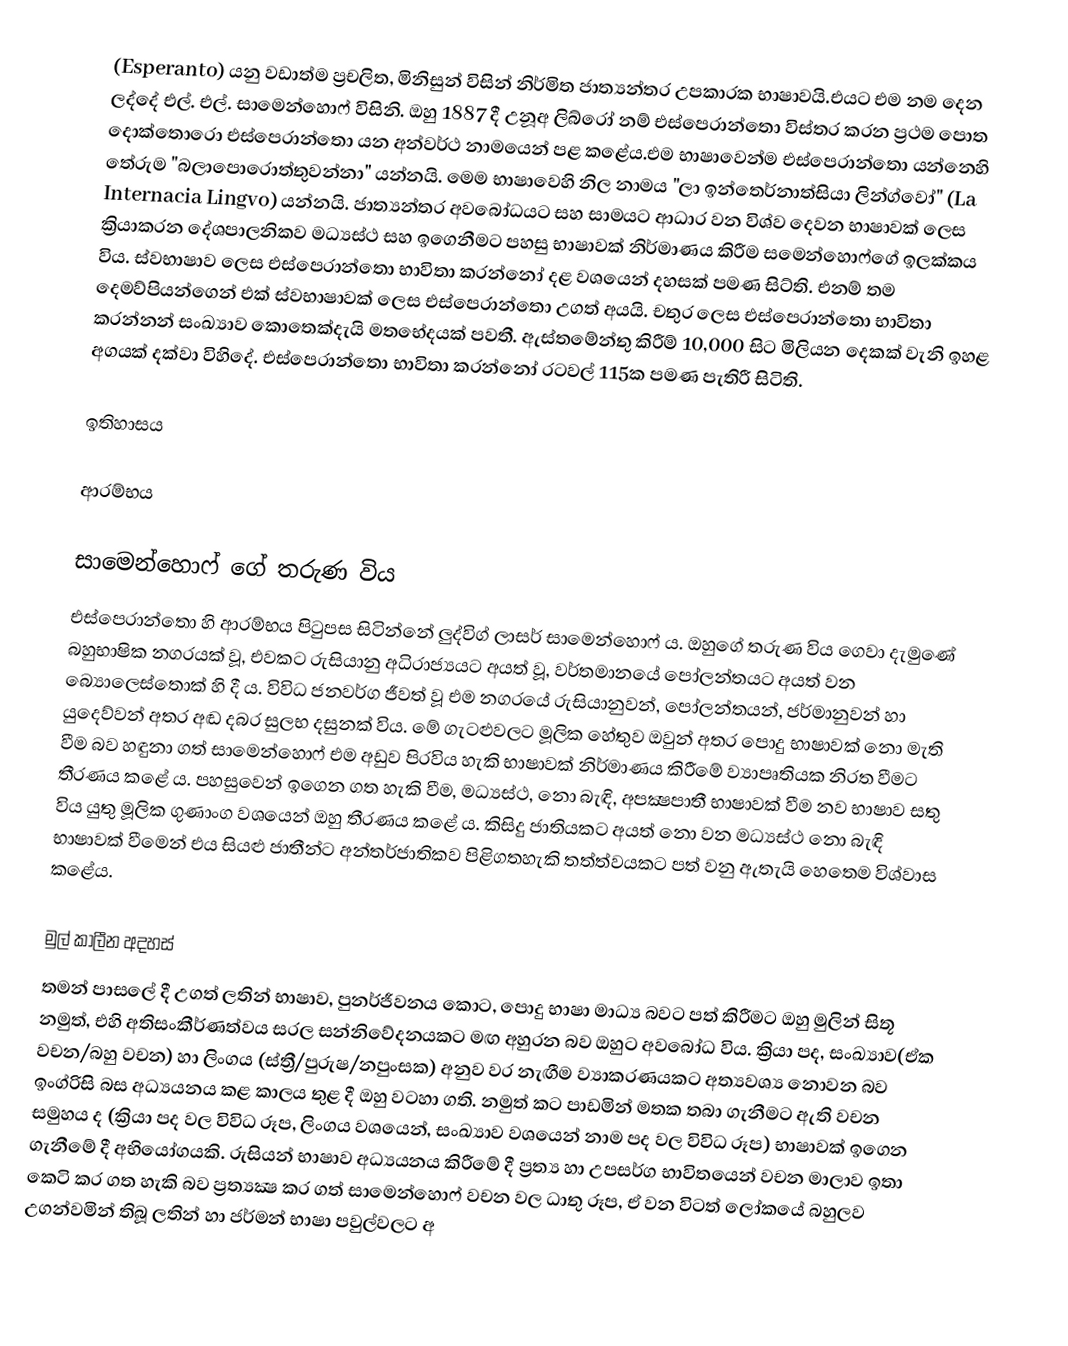
(Esperanto) යනු වඩාත්ම ප්‍රචලිත, මිනිසුන් විසින් නිර්මිත ජාත්‍යන්තර උපකාරක භාෂාවයි.එයට එම නම දෙන ලද්දේ එල්. එල්. සාමෙන්හොෆ් විසිනි. ඔහු 1887 දී උනූඅ ලිබ්රෝ නම් එස්පෙරාන්තො විස්තර කරන ප්‍රථම පොත දොක්තොරො එස්පෙරාන්තො යන අන්වර්ථ නාමයෙන් පළ කළේය.එම භාෂාවෙන්ම එස්පෙරාන්තො යන්නෙහි තේරුම "බලාපොරොත්තුවන්නා" යන්නයි. මෙම භාෂාවෙහි නිල නාමය "ලා ඉන්තෙර්නාත්සියා ලින්ග්වෝ" (La Internacia Lingvo) යන්නයි. ජාත්‍යන්තර අවබෝධයට සහ සාමයට ආධාර වන විශ්ව දෙවන භාෂාවක් ලෙස ක්‍රියාකරන දේශපාලනිකව මධ්‍යස්ථ සහ ඉගෙනීමට පහසු භාෂාවක් නිර්මාණය කිරීම සමෙන්හොෆ්ගේ ඉලක්කය විය. ස්වභාෂාව ලෙස එස්පෙරාන්තො භාවිතා කරන්නෝ දළ වශයෙන් දහසක් පමණ සිට්ති. එනම් තම දෙමව්පියන්ගෙන් එක් ස්වභාෂාවක් ලෙස එස්පෙරාන්තො උගත් අයයි. චතුර ලෙස එස්පෙරාන්තො භාවිතා කරන්නන් සංඛ්‍යාව කොතෙක්දැයි මතභේදයක් පවතී. ඇස්තමේන්තු කිරීම් 10,000 සිට මිලියන දෙකක් වැනි ඉහළ අගයක් දක්වා විහිදේ. එස්පෙරාන්තො භාවිතා කරන්නෝ රටවල් 115ක පමණ පැතිරී සිටිති.

ඉතිහාසය​

ආරම්භය​

සාමෙන්හොෆ් ගේ තරුණ විය​
එස්පෙරාන්තො හි ආරම්භය පිටුපස සිටින්නේ ලුද්විග් ලාසර් සාමෙන්හොෆ් ය​. ඔහුගේ තරුණ විය ගෙවා දැමුණේ බහුභාෂික නගරයක් වූ, එවකට රුසියානු අධිරාජ්‍යයට අයත් වූ, වර්තමානයේ පෝලන්තයට අයත් වන බ්‍යොලෙස්තොක් හි දී ය​. විවිධ ජනවර්ග ජීවත් වූ එම නගරයේ රුසියානුවන්, පෝලන්තයන්, ජර්මානුවන් හා යුදෙව්වන් අතර අඬ දබර සුලභ දසුනක් විය​. මේ ගැටළුවලට මූලික හේතුව ඔවුන් අතර පොදු භාෂාවක් නො මැති වීම බව හඳුනා ගත් සාමෙන්හොෆ් එම අඩුව පිරවිය හැකි භාෂාවක් නිර්මාණය කිරීමේ ව්‍යාපෘතියක නිරත වීමට තීරණය කළේ ය​. පහසුවෙන් ඉගෙන ගත හැකි වීම​, මධ්‍යස්ථ​, නො බැඳි, අපක්‍ෂපාතී භාෂාවක් වීම නව භාෂාව​ සතු විය යුතු මූලික ගුණාංග වශයෙන් ඔහු තීරණය කළේ ය​. කිසිදු ජාතියකට අයත් නො වන මධ්‍යස්ථ නො බැඳි භාෂාවක් වීමෙන් එය සියළු ජාතීන්ට අන්තර්ජාතිකව පිළිගතහැකි තත්ත්වයකට පත් වනු ඇතැයි හෙතෙම විශ්වාස කළේය.​

මුල් කාලීන අදහස්
තමන් පාසලේ දී උගත් ලතින් භාෂාව​, පුනර්ජීවනය කොට​, පොදු භාෂා මාධ්‍ය බවට පත් කිරීමට ඔහු මුලින් සිතූ නමුත්, එහි අතිසංකීර්ණත්වය සරල සන්නිවේදනයකට මඟ අහුරන බව ඔහුට අවබෝධ විය​. ක්‍රියා පද​, සංඛ්‍යාව(ඒක වචන​/බහු වචන​) හා ලිංගය  (ස්ත්‍රී/පුරුෂ/නපුංසක​​) අනුව වර නැඟීම ව්‍යාකරණයකට අත්‍යවශ්‍ය නොවන බව ඉංග්රිසි බස අධ්‍යයනය කළ කාලය තුළ දී ඔහු වටහා ගති. නමුත් කට පාඩමින් මතක තබා ගැනීමට ඇති වචන සමුහය ද (ක්‍රියා පද වල විවිධ රූප​, ලිංගය වශයෙන්, සංඛ්‍යාව වශයෙන් නාම පද වල විවිධ රූප​)  භාෂාවක් ඉගෙන ගැනීමේ දී අභියෝගයකි. රුසියන් භාෂාව අධ්‍යයනය කිරීමේ දී ප්‍රත්‍ය හා උපසර්ග භාවිතයෙන් වචන මාලාව ඉතා කෙටි කර ගත හැකි බව ප්‍රත්‍යක්‍ෂ කර ගත් සාමෙන්හොෆ් වචන වල ධාතු රූප, ඒ වන විටත් ලෝකයේ බහුලව උගන්වමින් තිබූ ලතින් හා ජර්මන් භාෂා පවුල්වලට අ